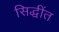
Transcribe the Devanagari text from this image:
सिद्धींत